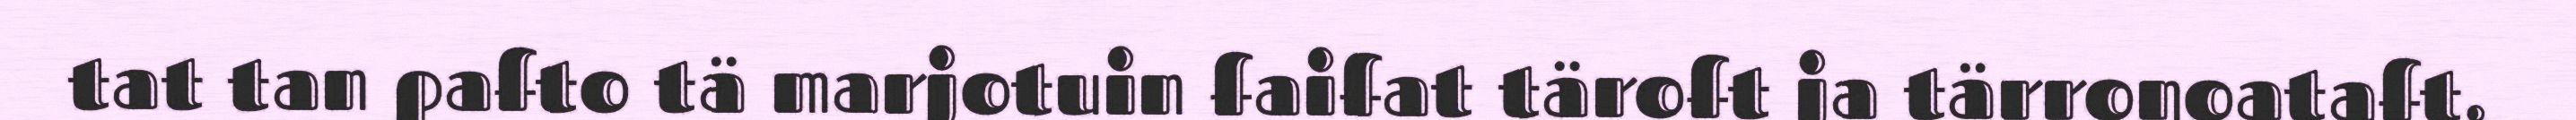
tat tan pafto tä marjotuin faifat täroft ja tärronoataft,